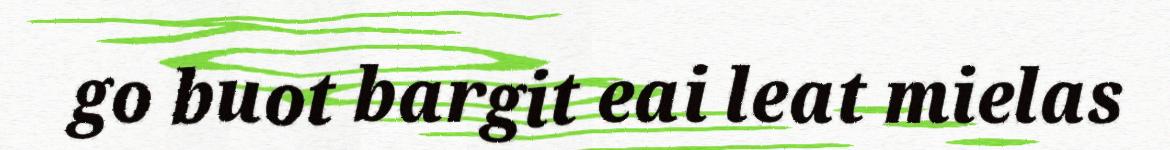
go buot bargit eai leat mielas